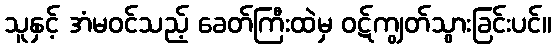
သူနှင့် အံမဝင်သည့် ခေတ်ကြီးထဲမှ ဝဋ်ကျွတ်သွားခြင်းပင်။